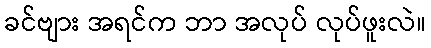
ခင်ဗျား အရင်က ဘာ အလုပ် လုပ်ဖူးလဲ။